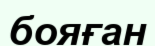
бояған